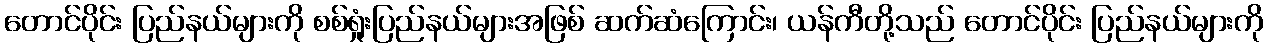
တောင်ပိုင်း ပြည်နယ်များကို စစ်ရှုံးပြည်နယ်များအဖြစ် ဆက်ဆံကြောင်း၊ ယန်ကီတို့သည် တောင်ပိုင်း ပြည်နယ်များကို